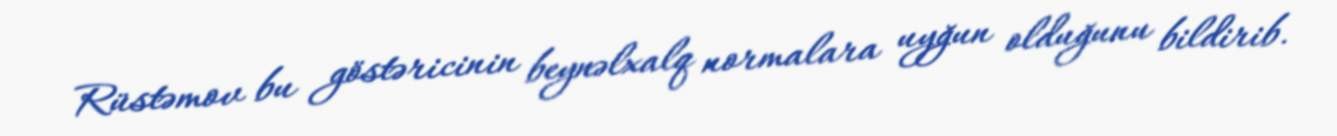
Rüstəmov bu göstəricinin beynəlxalq normalara uyğun olduğunu bildirib.